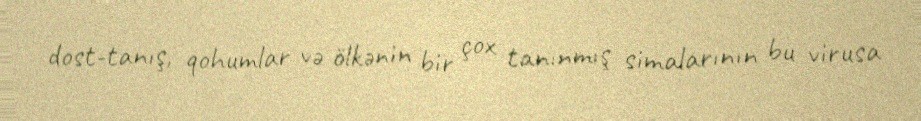
dost-tanış, qohumlar və ölkənin bir çox tanınmış simalarının bu virusa